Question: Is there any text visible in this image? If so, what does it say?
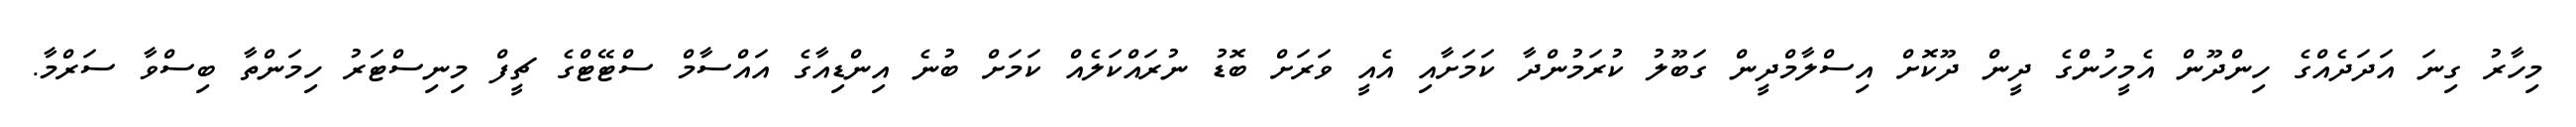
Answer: މިހާރު ގިނަ އަދަދެއްގެ ހިންދޫން އެމީހުންގެ ދީން ދޫކޮށް އިސްލާމްދީން ގަބޫލު ކުރަމުންދާ ކަމަށާއި އެއީ ވަރަށް ބޮޑު ނުރައްކަލެއް ކަމަށް ބުނެ އިންޑިއާގެ އައްސާމް ސްޓޭޓްގެ ޗީފް މިނިސްޓަރު ހިމަންތާ ބިސްވާ ސަރްމާ.